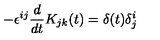
- \epsilon ^ { i j } \frac { d } { d t } K _ { j k } ( t ) = \delta ( t ) \delta _ { j } ^ { i }